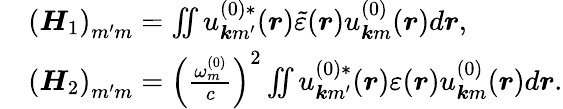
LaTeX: \begin{array}{rl}&{\left(\boldsymbol{H}_{1}\right)_{m^{\prime}m}=\iint u_{\boldsymbol{k}m^{\prime}}^{(0)*}(\boldsymbol{r})\tilde{\varepsilon}(\boldsymbol{r})u_{\boldsymbol{k}m}^{(0)}(\boldsymbol{r})d\boldsymbol{r},}\\ &{\left(\boldsymbol{H}_{2}\right)_{m^{\prime}m}=\left(\frac{\omega_{m}^{(0)}}{c}\right)^{2}\iint u_{\boldsymbol{k}m^{\prime}}^{(0)*}(\boldsymbol{r})\varepsilon(\boldsymbol{r})u_{\boldsymbol{k}m}^{(0)}(\boldsymbol{r})d\boldsymbol{r}.}\end{array}